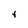
Character: t